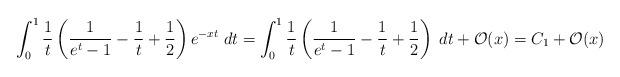
LaTeX: \begin{align*}\int_0^1 \frac{1}{t}\left(\frac{1}{e^t-1}-\frac{1}{t}+\frac{1}{2}\right) e^{-xt}\;dt = \int_0^1 \frac{1}{t}\left(\frac{1}{e^t-1}-\frac{1}{t}+\frac{1}{2}\right)\;dt + \mathcal{O}(x)=C_1+\mathcal{O}(x)\end{align*}